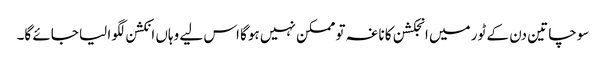
سوچا تین دن کے ٹور میں انجکشن کا ناغہ تو ممکن نہیں ہوگا اس لیے وہاں انکشن لگوا لیا جائے گا۔